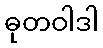
ဓုတဝါဒါ